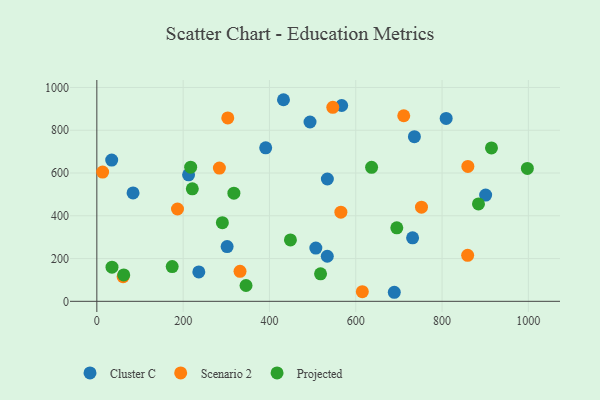
{"axis": {"x": "Experience", "y": "Yield"}, "legend": ["Cluster C", "Projected", "Scenario 2"], "data": [{"x": "432.5", "y": 942.7, "type": "Cluster C"}, {"x": "212.6", "y": 591.7, "type": "Cluster C"}, {"x": "534.0", "y": 210.8, "type": "Cluster C"}, {"x": "301.9", "y": 256.1, "type": "Cluster C"}, {"x": "567.4", "y": 915.6, "type": "Cluster C"}, {"x": "34.4", "y": 660.6, "type": "Cluster C"}, {"x": "391.3", "y": 717.6, "type": "Cluster C"}, {"x": "494.0", "y": 838.6, "type": "Cluster C"}, {"x": "236.3", "y": 137.4, "type": "Cluster C"}, {"x": "901.0", "y": 496.7, "type": "Cluster C"}, {"x": "689.3", "y": 42.3, "type": "Cluster C"}, {"x": "809.5", "y": 855.3, "type": "Cluster C"}, {"x": "731.7", "y": 296.8, "type": "Cluster C"}, {"x": "735.9", "y": 770.0, "type": "Cluster C"}, {"x": "83.9", "y": 506.9, "type": "Cluster C"}, {"x": "534.2", "y": 572.0, "type": "Cluster C"}, {"x": "507.5", "y": 249.0, "type": "Cluster C"}, {"x": "303.4", "y": 857.8, "type": "Scenario 2"}, {"x": "60.9", "y": 115.2, "type": "Scenario 2"}, {"x": "859.8", "y": 631.0, "type": "Scenario 2"}, {"x": "331.8", "y": 140.4, "type": "Scenario 2"}, {"x": "711.2", "y": 867.8, "type": "Scenario 2"}, {"x": "752.3", "y": 440.3, "type": "Scenario 2"}, {"x": "13.4", "y": 604.4, "type": "Scenario 2"}, {"x": "546.8", "y": 907.2, "type": "Scenario 2"}, {"x": "284.0", "y": 622.9, "type": "Scenario 2"}, {"x": "565.5", "y": 416.7, "type": "Scenario 2"}, {"x": "859.3", "y": 215.3, "type": "Scenario 2"}, {"x": "615.2", "y": 45.1, "type": "Scenario 2"}, {"x": "186.9", "y": 431.6, "type": "Scenario 2"}, {"x": "997.7", "y": 621.4, "type": "Projected"}, {"x": "62.3", "y": 123.4, "type": "Projected"}, {"x": "217.4", "y": 627.5, "type": "Projected"}, {"x": "518.4", "y": 128.5, "type": "Projected"}, {"x": "290.9", "y": 367.9, "type": "Projected"}, {"x": "317.6", "y": 505.8, "type": "Projected"}, {"x": "174.6", "y": 162.3, "type": "Projected"}, {"x": "914.5", "y": 717.1, "type": "Projected"}, {"x": "345.7", "y": 74.0, "type": "Projected"}, {"x": "35.1", "y": 159.7, "type": "Projected"}, {"x": "636.7", "y": 626.6, "type": "Projected"}, {"x": "884.4", "y": 455.5, "type": "Projected"}, {"x": "448.6", "y": 287.1, "type": "Projected"}, {"x": "221.2", "y": 525.9, "type": "Projected"}, {"x": "695.1", "y": 343.8, "type": "Projected"}]}